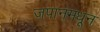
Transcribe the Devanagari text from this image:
जपानमधून